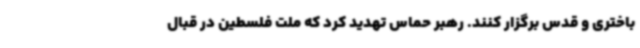
باختری و قدس برگزار کنند. رهبر حماس تهدید کرد که ملت فلسطین در قبال